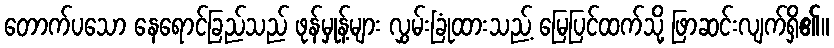
တောက်ပသော နေရောင်ခြည်သည် ဖုန်မှုန့်များ လွှမ်းခြုံထားသည့် မြေပြင်ထက်သို့ ဖြာဆင်းလျက်ရှိ၏။